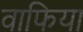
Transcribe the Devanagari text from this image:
वाफिया